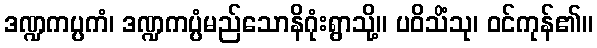
ဒဏ္ဍကပ္ပကံ၊ ဒဏ္ဍကပ္ပံမည်သောနိဂုံးရွာသို့။ ပဝိသိံသု၊ ဝင်ကုန်၏။